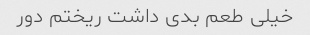
خیلی طعم بدی داشت ریختم دور